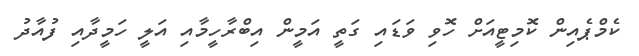
ކެމްޕެއިން ކޮމިޓީއަށް ހޮވި ވަޑައި ގަތީ އަމީން އިބްރާހީމާއި އަލީ ހަމީދާއި ފުއާދު